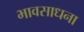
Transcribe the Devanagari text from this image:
भावसाधना